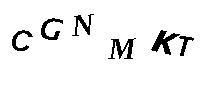
CGNMKT